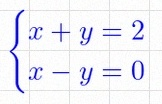
\begin{cases}x+y=2\\x-y=0\end{cases}